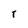
Character: T